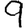
Digit: 9